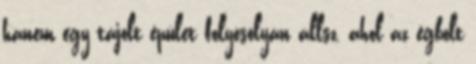
hanem egy tájolt épület folyósólyán állsz, ahol az égbolt